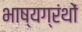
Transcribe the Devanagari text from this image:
भाष्यग्रंथों